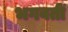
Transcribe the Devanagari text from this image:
भगवतीं